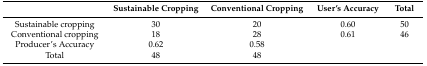
<table><thead><tr><td></td><td><b>Sustainable Cropping</b></td><td><b>Conventional Cropping</b></td><td><b>User’s Accuracy</b></td><td><b>Total</b></td></tr></thead><tbody><tr><td>Sustainable cropping</td><td>30</td><td>20</td><td>0.60</td><td>50</td></tr><tr><td>Conventional cropping</td><td>18</td><td>28</td><td>0.61</td><td>46</td></tr><tr><td>Producer’s Accuracy</td><td>0.62</td><td>0.58</td><td></td><td></td></tr><tr><td>Total</td><td>48</td><td>48</td><td></td><td></td></tr></tbody></table>